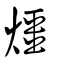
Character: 𤐀